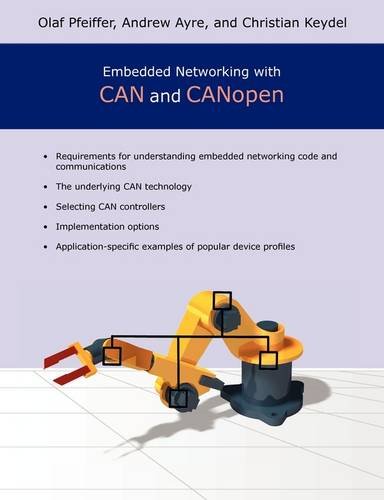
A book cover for Embedded Networking with CAN and CANopen; Olaf Pfeiffer; Computers & Technology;